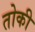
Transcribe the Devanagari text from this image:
तोकी